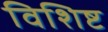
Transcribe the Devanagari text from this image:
विशिष्ट